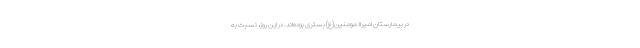
در بیمارستان امیرالمومنین(ع) بستری بوده‌اند. در این روز، نسبت به